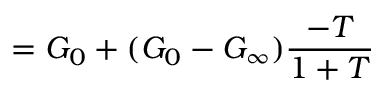
= G _ { 0 } + ( G _ { 0 } - G _ { \infty } ) { \frac { - T } { 1 + T } }